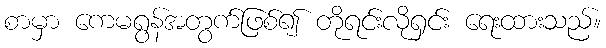
စာမှာ ကေမရွန်အတွက်ဖြစ်၍ တိုရင်းလိုရှင်း ရေးထားသည်။